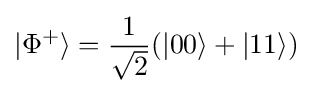
|\Phi ^{+}\rangle ={\frac {1}{\sqrt {2}}}(|00\rangle +|11\rangle )